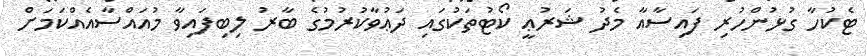
ޓެކުހާ ގުޅުންހުރި ފައިސާއާ މެދު ޝަރުޢީ ކޯޓުތަކުގައި ދަޢުވާކުރުމުގެ ބާރު ލިބިފައިވާ މުއައްސާއެއްކަމަށް